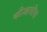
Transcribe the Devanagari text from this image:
कीआसीस